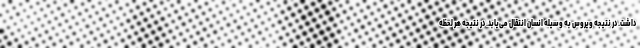
داشت. در نتیجه ویروس به وسیله انسان انتقال می‌یابد. در نتیجه هر لحظه